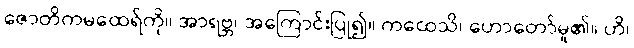
ဇောတိကမထေရ်ကို။ အာရဗ္ဘ၊ အကြောင်းပြု၍။ ကထေသိ၊ ဟောတော်မူ၏။ ဟိ၊